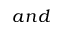
a n d